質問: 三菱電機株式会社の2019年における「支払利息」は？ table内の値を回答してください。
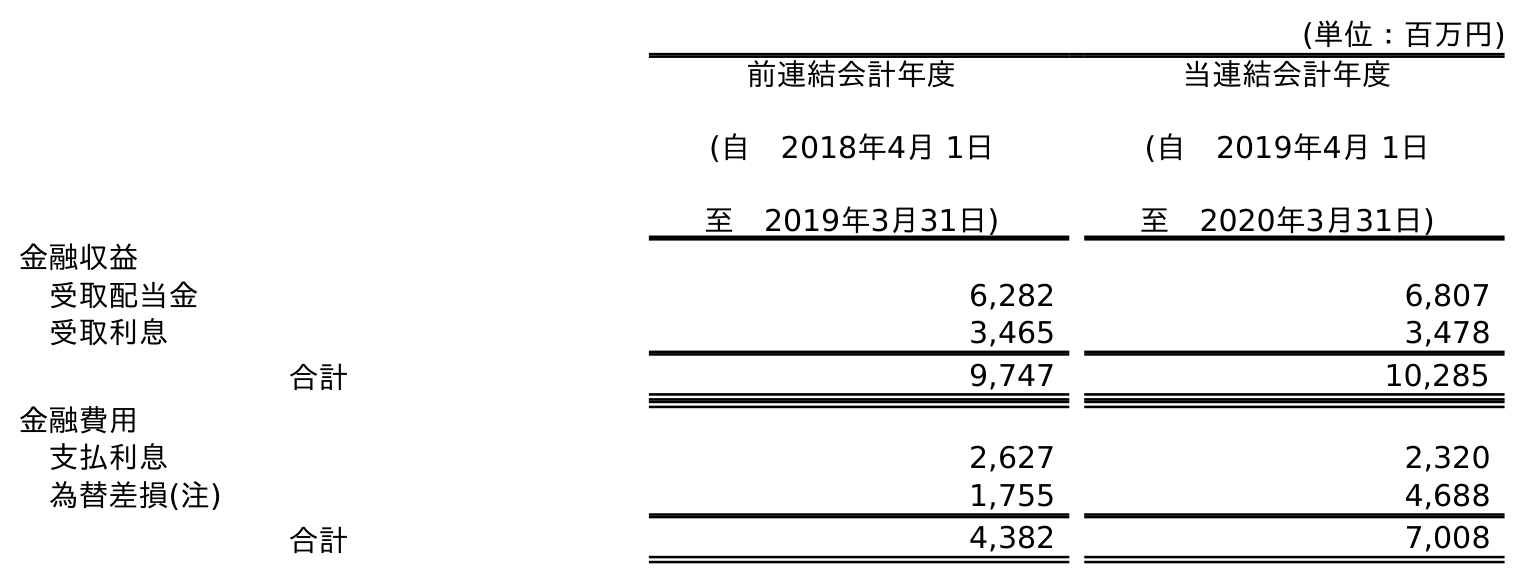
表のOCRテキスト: (単位：百万円) 前連結会計年度 (自 2018年4月 1日 至 2019年3月31日) 当連結会計年度 (自 2019年4月 1日 至 2020年3月31日) 金融収益 受取配当金 6,282 6,807 受取利息 3,465 3,478 合計 9,747 10,285 金融費用 支払利息 2,627 2,320 為替差損(注) 1,755 4,688 合計 4,382 7,008
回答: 2,627